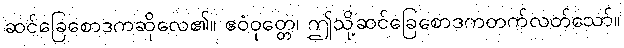
ဆင်ခြေစောဒကဆိုလေ၏။ ဧဝံဝုတ္တေ၊ ဤသို့ဆင်ခြေစောဒကတက်လတ်သော်။